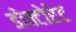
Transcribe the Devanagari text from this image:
डोक्टोरेट